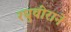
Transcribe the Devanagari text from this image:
रघुवीराने